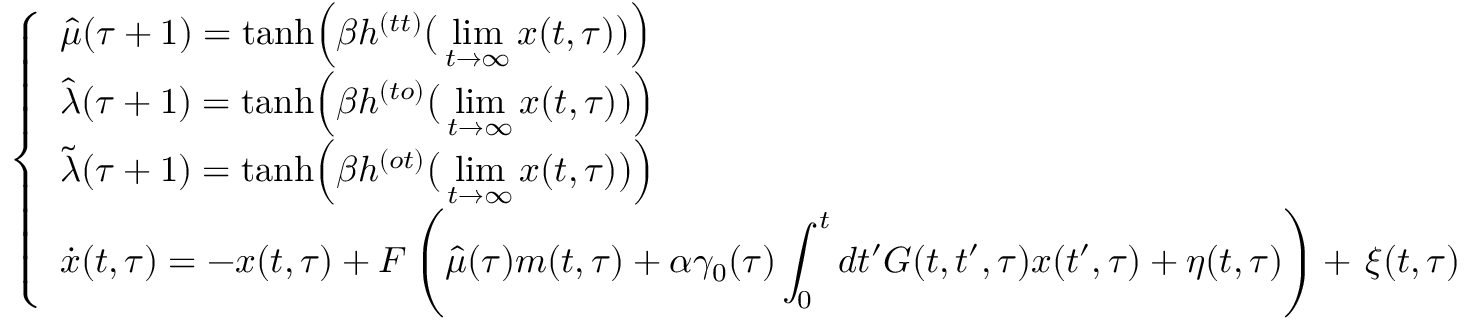
\left\{ \begin{array} { l } { \displaystyle \hat { \mu } ( \tau + 1 ) = \mathrm { t a n h } \Big ( \beta h ^ { ( t t ) } \big ( \operatorname* { l i m } _ { t \rightarrow \infty } x ( t , \tau ) \big ) \Big ) } \\ { \displaystyle \hat { \lambda } ( \tau + 1 ) = \mathrm { t a n h } \Big ( \beta h ^ { ( t o ) } \big ( \operatorname* { l i m } _ { t \rightarrow \infty } x ( t , \tau ) \big ) \Big ) } \\ { \displaystyle \tilde { \lambda } ( \tau + 1 ) = \mathrm { t a n h } \Big ( \beta h ^ { ( o t ) } \big ( \operatorname* { l i m } _ { t \rightarrow \infty } x ( t , \tau ) \big ) \Big ) } \\ { \displaystyle \dot { x } ( t , \tau ) = - x ( t , \tau ) + F \left( \hat { \mu } ( \tau ) m ( t , \tau ) + \alpha \gamma _ { 0 } ( \tau ) \int _ { 0 } ^ { t } d t ^ { \prime } G ( t , t ^ { \prime } , \tau ) x ( t ^ { \prime } , \tau ) + \eta ( t , \tau ) \right) + \, \xi ( t , \tau ) } \end{array} \right. \,